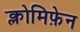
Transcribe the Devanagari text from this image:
क्लोमिफ़ेन